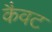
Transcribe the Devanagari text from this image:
कैवट